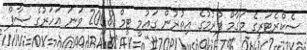
ސެކްރެޓަރީގެ މަގާމް ފުރުމުގެ އިތުރުން ގައުމީ ޓީމް 2008 ވަނަ އަހަރުގެ ސާފް